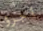
أجرؤ